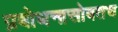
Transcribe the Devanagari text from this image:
प्रबोधनासोबतच